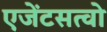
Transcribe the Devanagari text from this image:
एजेंटसत्वो